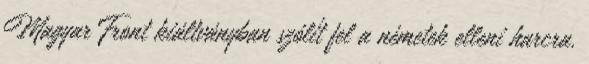
Magyar Front kiáltványban szólít fel a németek elleni harcra.